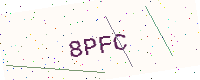
Text: 8PFC